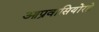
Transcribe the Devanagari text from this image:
आप्रवासियोंरहे